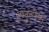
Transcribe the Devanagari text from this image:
अभ्युंनमिसति